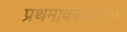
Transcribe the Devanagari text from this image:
प्रथमावस्थेतील